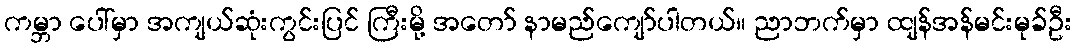
ကမ္ဘာ ပေါ်မှာ အကျယ်ဆုံးကွင်းပြင် ကြီးမို့ အတော် နာမည်ကျော်ပါတယ်။ ညာဘက်မှာ ထျန်အန်မင်းမုခ်ဦး